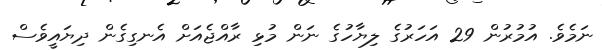
ނަމެވެ. އުމުރުން 29 އަހަރުގެ ލިޔާހުގެ ނަން މުޅި ރާއްޖެއަށް އެނގިގެން ދިޔައީވެސް